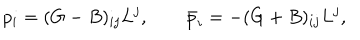
LaTeX: p _ { i } = ( G - B ) _ { i j } L ^ { j } , \qquad \bar { p } _ { i } = - ( G + B ) _ { i j } L ^ { j } ,